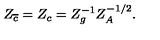
Z _ { \overline { { c } } } = Z _ { c } = Z _ { g } ^ { - 1 } Z _ { A } ^ { - 1 / 2 } .